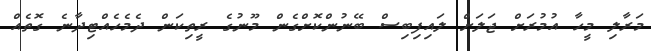
މަރާލި މީހާ އުމުރަށް ޖަލަށް ލައިފިބިސް ބޭނުންކޮށްގެން މޫނުގެ ރީތިކަން ދެމެހެއްޓިދާނެ ގޮތެއް